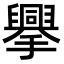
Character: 𢸁